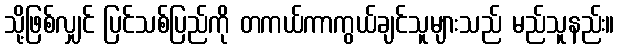
သို့ဖြစ်လျှင် ပြင်သစ်ပြည်ကို တကယ်ကာကွယ်ချင်သူများသည် မည်သူနည်း။